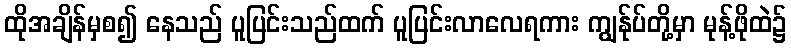
ထိုအချိန်မှစ၍ နေသည် ပူပြင်းသည်ထက် ပူပြင်းလာလေရကား ကျွန်ုပ်တို့မှာ မုန့်ဖိုထဲ၌